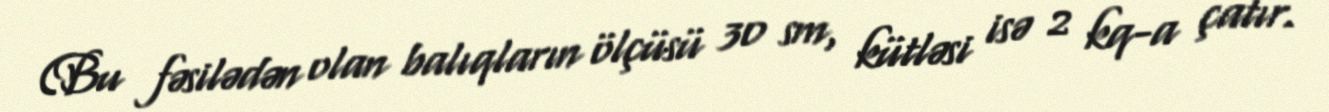
(Bu fəsilədən olan balıqların ölçüsü 30 sm, kütləsi isə 2 kq-a çatır.